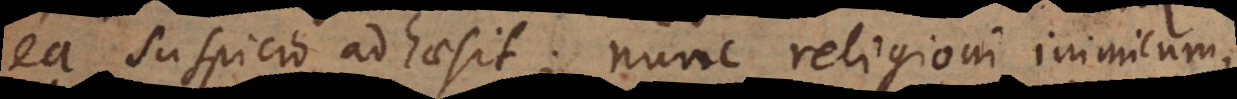
ea suspicio adhaesit; nunc religioni inimicum,